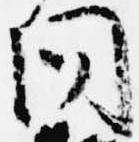
問